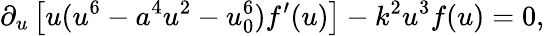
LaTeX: \partial_{u}\left[u(u^{6}-a^{4}u^{2}-u_{0}^{6})f^{\prime}(u)\right]-k^{2}u^{3}f(u)=0,